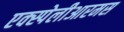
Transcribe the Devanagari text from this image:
एक्स्पेलीआरमस